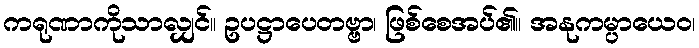
ကရုဏာကိုသာလျှင်။ ဥပဋ္ဌာပေတဗ္ဗာ၊ ဖြစ်စေအပ်၏။ အနုကမ္ပာယေဝ၊